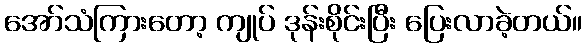
အော်သံကြားတော့ ကျုပ် ဒုန်းစိုင်းပြီး ပြေးလာခဲ့တယ်။